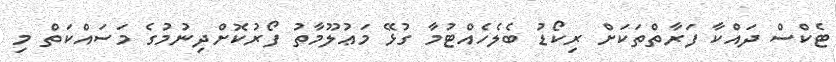
ޓެކްސް ދައްކާ ފަރާތްތަކަށް ރިކޯޑު ބެލެހެއްޓުމާ ގުޅޭ މަޢުލޫމާތު ފޯރުކޮށްދިނުމުގެ މަސައްކަތް މި